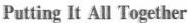
Putting It All Together